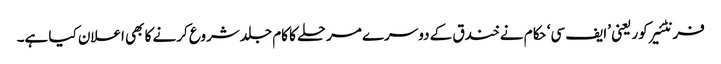
فرنٹئیر کور یعنی ’ایف سی‘ حکام نے خندق کے دوسرے مرحلے کا کام جلد شروع کرنے کا بھی اعلان کیا ہے۔